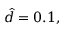
\hat { d } = 0 . 1 ,